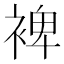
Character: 裨